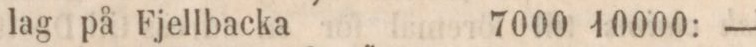
lag på Fjellbacka    7000    10000:    —